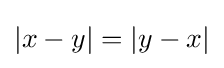
|x-y|=|y-x|